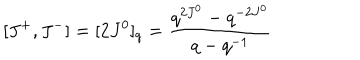
[ J ^ { + } , J ^ { - } ] = [ 2 J ^ { 0 } ] _ { q } = \frac { q ^ { 2 J ^ { 0 } } - q ^ { - 2 J ^ { 0 } } } { q - q ^ { - 1 } }